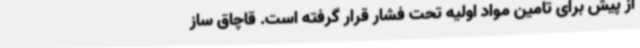
از پیش برای تامین مواد اولیه تحت فشار قرار‌ گرفته‌ است. قاچاق ساز